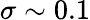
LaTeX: \sigma\sim 0.1